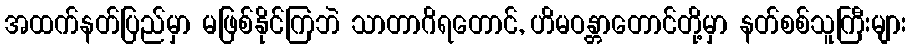
အထက်နတ်ပြည်မှာ မဖြစ်နိုင်ကြဘဲ သာတာဂိရတောင်, ဟိမဝန္တာတောင်တို့မှာ နတ်စစ်သူကြီးများ